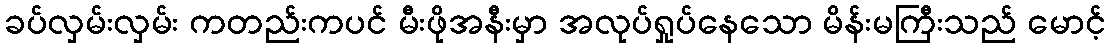
ခပ်လှမ်းလှမ်း ကတည်းကပင် မီးဖိုအနီးမှာ အလုပ်ရှုပ်နေသော မိန်းမကြီးသည် မောင့်